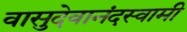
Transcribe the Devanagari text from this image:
वासुदेवानंदस्वामी